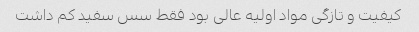
کیفیت و تازگی مواد اولیه عالی بود فقط سس سفید کم داشت